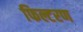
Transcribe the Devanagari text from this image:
फिल्टरण